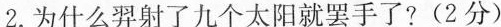
2.为什么羿射了九个太阳就罢手了?(2分)